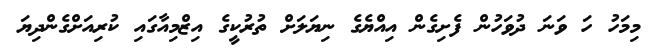
މިމަހު ހަ ވަނަ ދުވަހުން ފެށިގެން އިއްޔެގެ ނިޔަލަށް ތުރުކީގެ އިޒްމިއާގައި ކުރިއަށްގެންދިޔަ